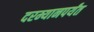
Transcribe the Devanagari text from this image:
दरम्यानपर्यंत